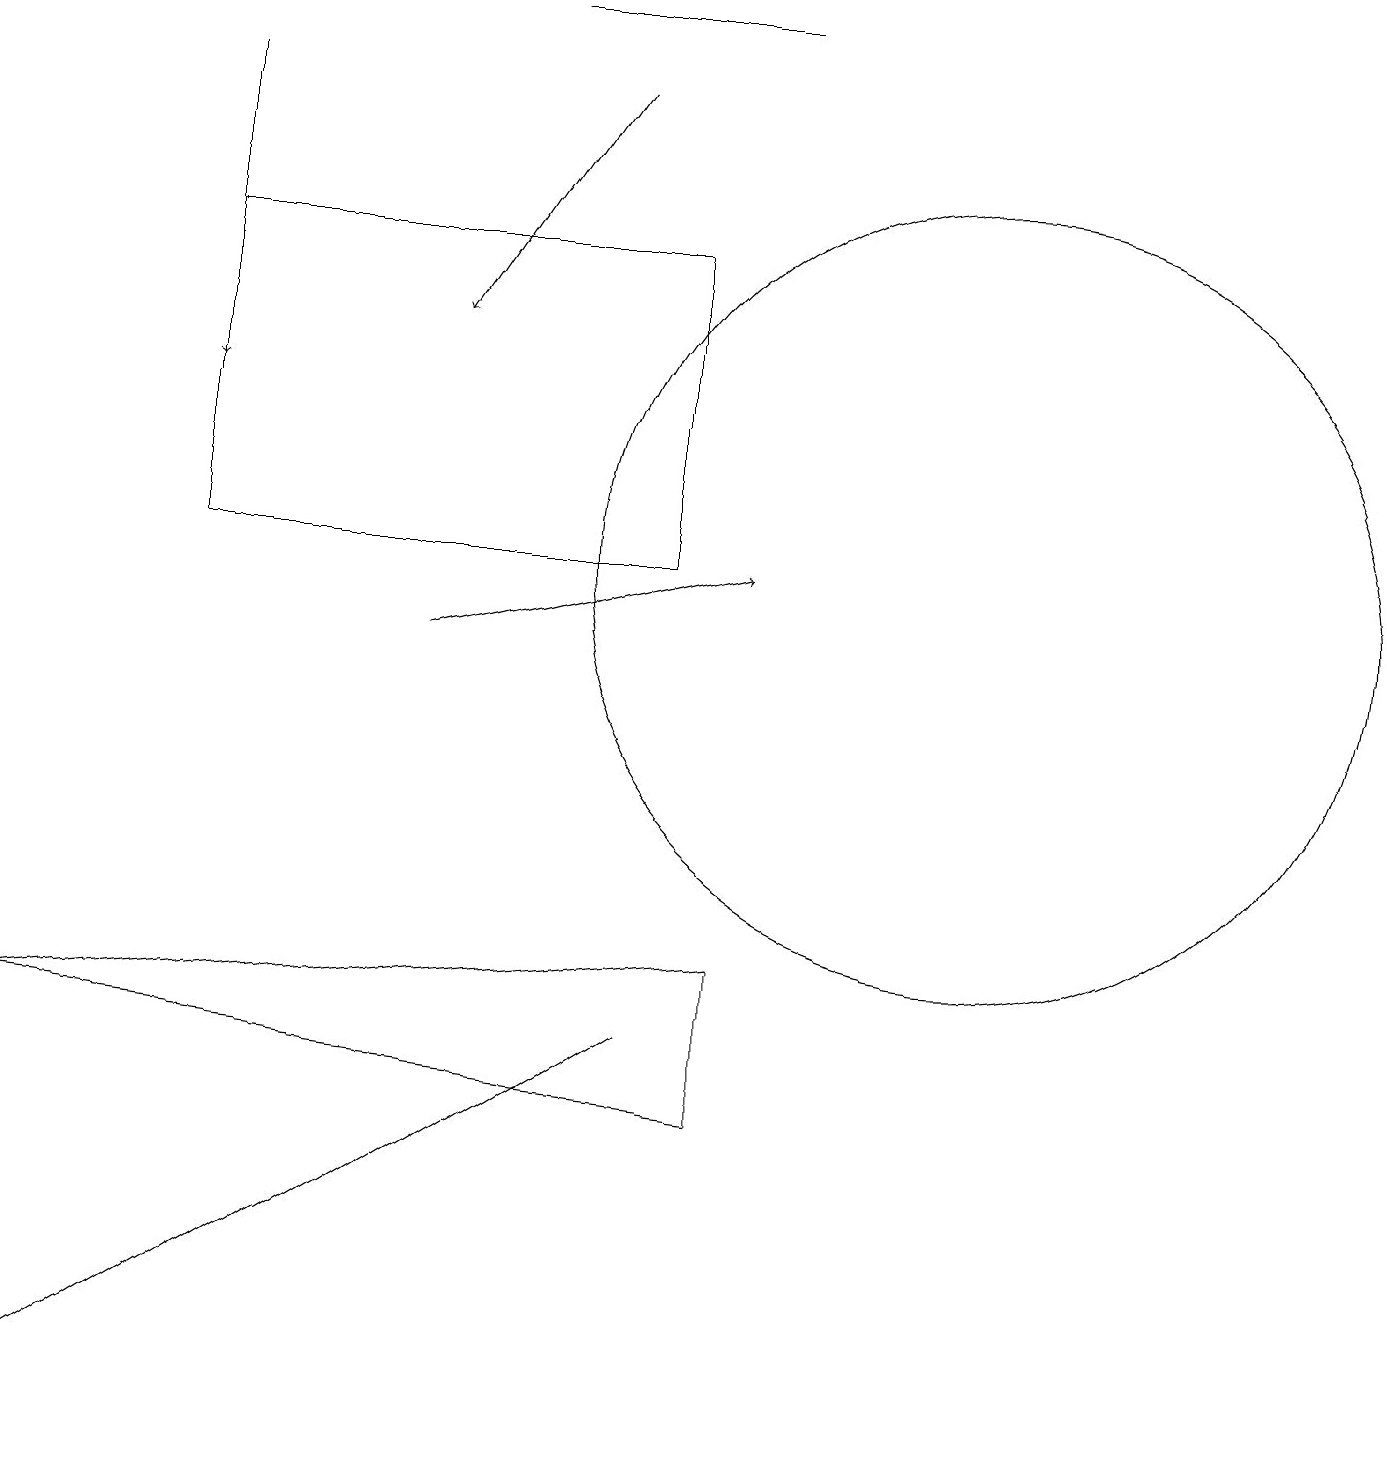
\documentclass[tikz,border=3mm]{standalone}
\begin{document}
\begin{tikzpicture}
\draw (12,11) circle (5);
\draw[->] (5,10) -- (9,11);
\draw (9,18) rectangle (6,18);
\draw (2,11) rectangle (8,15);
\draw[->] (7,17) -- (5,14);
\draw (0,0) -- (0,0) -- (8,5) -- cycle;
\draw[->] (2,17) -- (2,13);
\draw (0,5) -- (9,6) -- (9,4) -- cycle;
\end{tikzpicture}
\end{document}